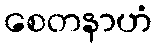
စေတနာဟံ